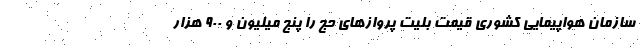
سازمان هواپیمایی کشوری قیمت بلیت پروازهای حج را پنج میلیون و ۹۰۰ هزار